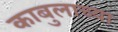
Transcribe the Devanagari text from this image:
काबुलाच्या